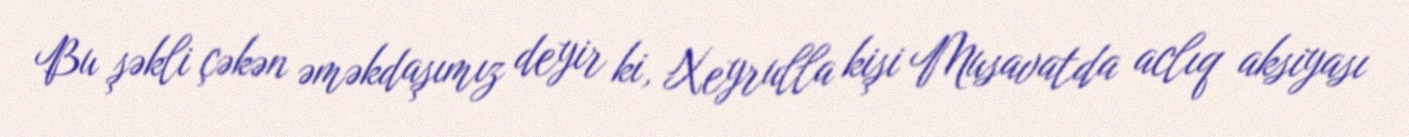
Bu şəkli çəkən əməkdaşımız deyir ki, Xeyrulla kişi Musavatda aclıq aksiyası